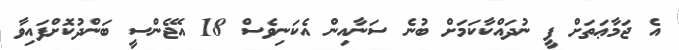
އެ ޖަމާޢަތަށް ފީ ނުދައްކާކަމަށް ބުނެ ސަނާއިން އެކަނިވެސް 18 އޭޖެންސީ ބަންދުކޮށްފައިވާ